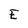
Character: E